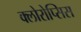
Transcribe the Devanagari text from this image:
क्लोरोप्सिस